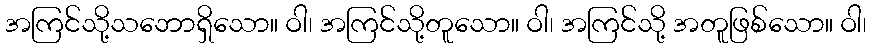
အကြင်သို့သဘောရှိသော။ ဝါ၊ အကြင်သို့တူသော။ ဝါ၊ အကြင်သို့ အတူဖြစ်သော။ ဝါ၊